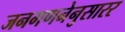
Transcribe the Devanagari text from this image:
जनगणनेनुसारर